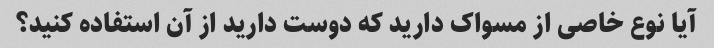
آیا نوع خاصی از مسواک دارید که دوست دارید از آن استفاده کنید؟